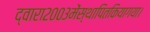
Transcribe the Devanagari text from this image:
द्वारा२००३मेंस्थापितकियागया।